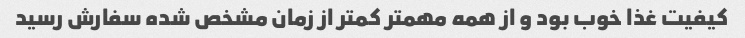
کیفیت غذا خوب بود و از همه مهمتر کمتر از زمان مشخص شده سفارش رسید